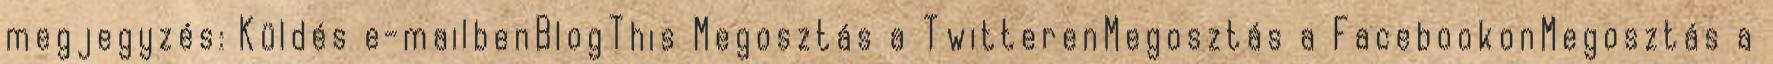
megjegyzés: Küldés e-mailbenBlogThis Megosztás a TwitterenMegosztás a FacebookonMegosztás a